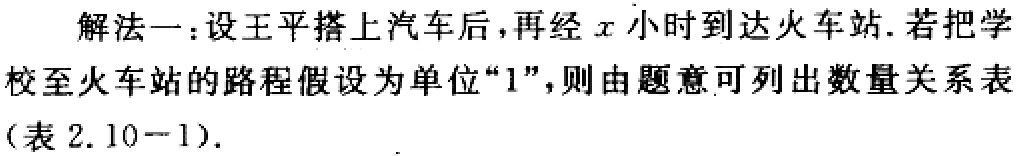
解法一：设王平搭上汽车后，再经\(x\)小时到达火车站. 若把学校至火车站的路程假设为单位“\(1\)”，则由题意可列出数量关系表（表 \(2.10 - 1\)）.